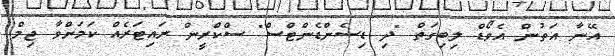
އޭނާ އަތުން އެވޯޑް ލިބިގަތް "ދި ޑިސެންޑެންޓްސް" ސްކްރީން ރައިޓަރެއް ކަމަށްވާ ޖިމް